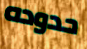
حدوده